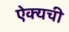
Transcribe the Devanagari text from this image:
ऐक्यची